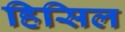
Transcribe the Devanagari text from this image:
हिसिल